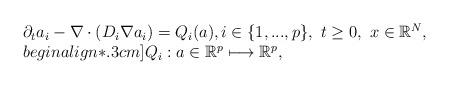
LaTeX: \begin{align*}\begin{array}{l}\partial_t a_i-\nabla\cdot(D_i\nabla a_i)=Q_i(a),i\in\{1,...,p\},\ t\geq 0,\ x\in\mathbb R^N,\\begin{align*}.3cm]Q_i: a\in\mathbb R^p\longmapsto \mathbb R^p,\end{array}\end{align*}